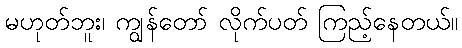
မဟုတ်ဘူး၊ ကျွန်တော် လိုက်ပတ် ကြည့်နေတယ်။